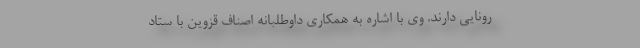
رونایی دارند. وی با اشاره به همکاری داوطلبانه اصناف قزوین با ستاد